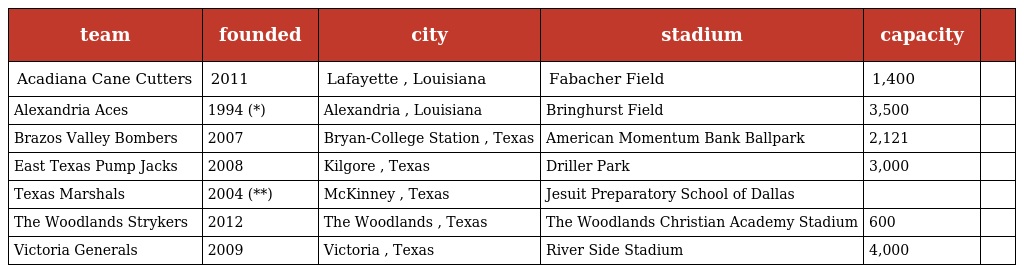
| team | founded | city | stadium | capacity |  |
 | --- | --- | --- | --- | --- | --- |
 | Acadiana Cane Cutters | 2011 | Lafayette , Louisiana | Fabacher Field | 1,400 |  |
 | Alexandria Aces | 1994 (*) | Alexandria , Louisiana | Bringhurst Field | 3,500 |  |
 | Brazos Valley Bombers | 2007 | Bryan-College Station , Texas | American Momentum Bank Ballpark | 2,121 |  |
 | East Texas Pump Jacks | 2008 | Kilgore , Texas | Driller Park | 3,000 |  |
 | Texas Marshals | 2004 (**) | McKinney , Texas | Jesuit Preparatory School of Dallas |  |  |
 | The Woodlands Strykers | 2012 | The Woodlands , Texas | The Woodlands Christian Academy Stadium | 600 |  |
 | Victoria Generals | 2009 | Victoria , Texas | River Side Stadium | 4,000 |  |